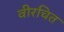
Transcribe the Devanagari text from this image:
वीरचित